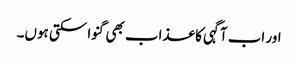
اور اب آگہی کا عذاب بھی گنوا سکتی ہوں۔